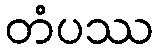
တံပဿ